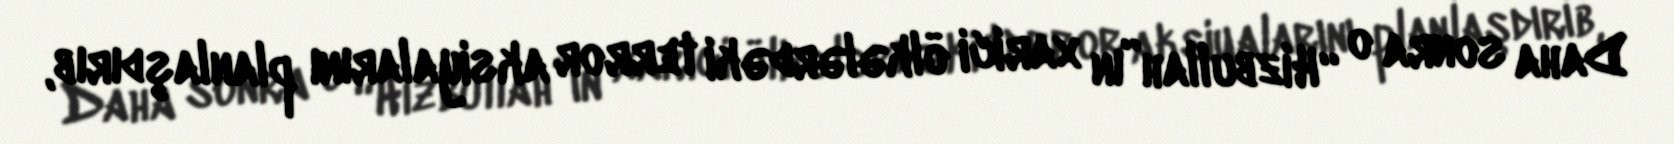
Daha sonra o “Hizbullah”ın xarici ölkələrdəki terror aksiyalarını planlaşdırıb,